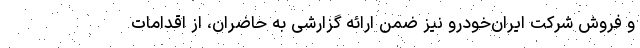
و فروش شرکت ایران‌خودرو نیز ضمن ارائه گزارشی به حاضران، از اقدامات